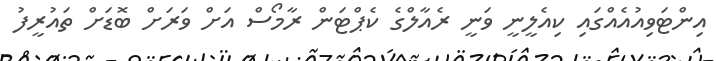
އިންޓަވިއުއެއްގައި ކިއެލީނީ ވަނީ ރެއާލްގެ ކެޕްޓަން ރާމޯސް އަށް ވަރަށް ބޮޑަށް ތައުރީފު